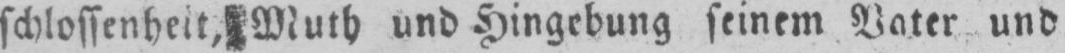
schlossenheit, Muth und Hingebung seinem Vater und